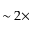
\sim 2 \times